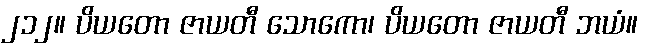
၂၁၂။ ပိယတော ဇာယတီ သောကော၊ ပိယတော ဇာယတီ ဘယံ။